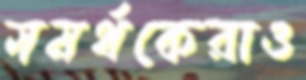
সমর্থকেরাও